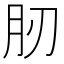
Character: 肕